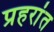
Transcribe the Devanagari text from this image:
प्रहरांत